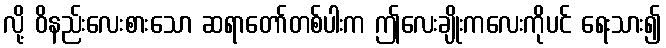
လို့ ဝိနည်းလေးစားသော ဆရာတော်တစ်ပါးက ဤလေးချိုးကလေးကိုပင် ရေးသား၍